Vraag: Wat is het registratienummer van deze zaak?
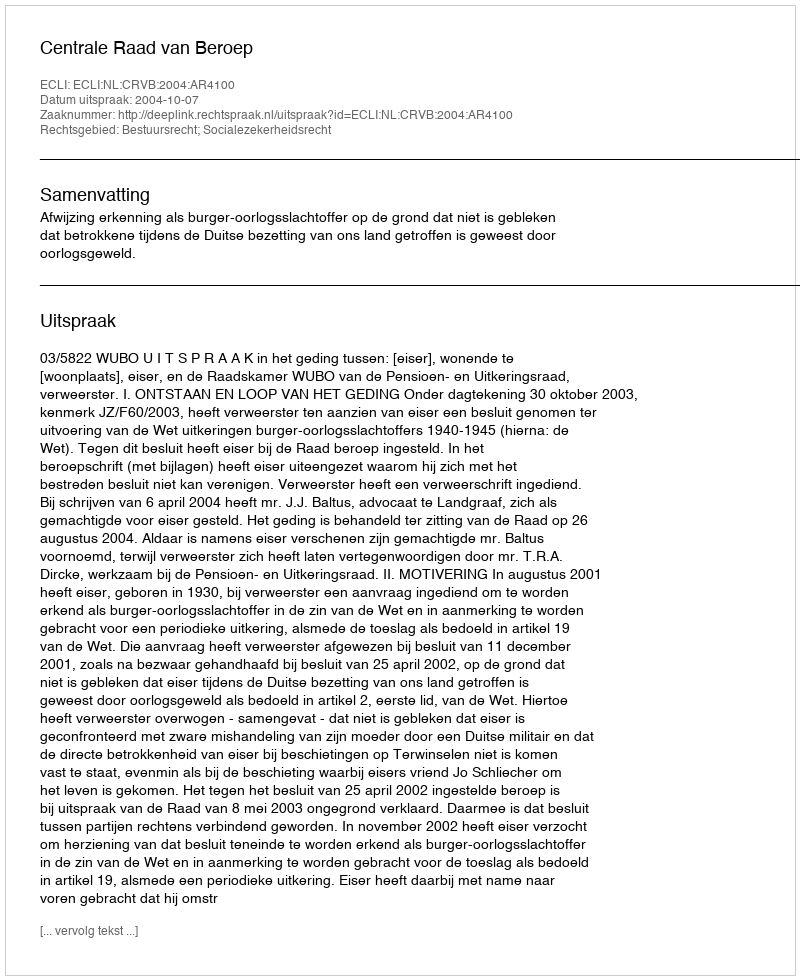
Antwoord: http://deeplink.rechtspraak.nl/uitspraak?id=ECLI:NL:CRVB:2004:AR4100